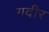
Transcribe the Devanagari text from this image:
गदीर